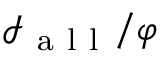
\mathcal { I } _ { \mathrm { ~ a ~ l ~ l ~ } } / \varphi